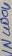
Text: IN4004